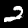
Label: 2